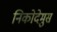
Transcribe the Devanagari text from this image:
निकोदेमुस